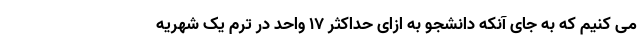
می کنیم که به جای آنکه دانشجو به ازای حداکثر ۱۷ واحد در ترم یک شهریه